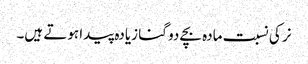
نر کی نسبت مادہ بچے دو گنا زیادہ پیدا ہوتے ہیں۔